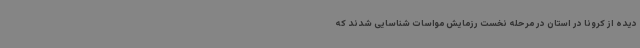
دیده از کرونا در استان در مرحله نخست رزمایش مواسات شناسایی شدند که